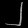
Digit: ၂